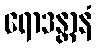
ရောဒန္တာနံ